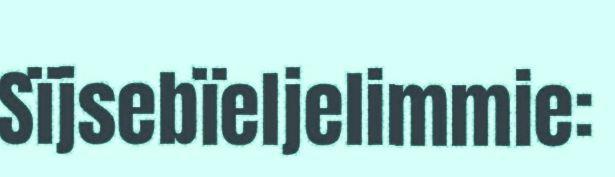
Sïjsebïeljelimmie: